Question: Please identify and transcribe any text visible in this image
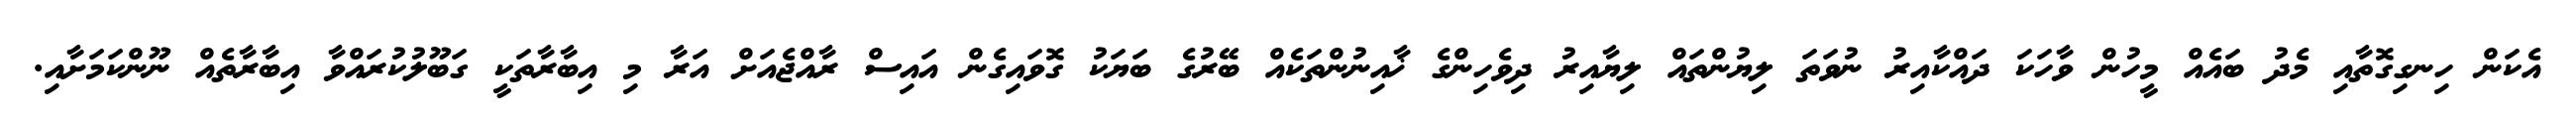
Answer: އެކަން ހިނގިގޮތާއި މެދު ބައެއް މީހުން ވާހަކަ ދައްކާއިރު ނުވަތަ ލިޔުންތައް ލިޔާއިރު ދިވެހިންގެ ޚާއިނުންތަކެއް ބޭރުގެ ބަޔަކު ގޮވައިގެން އައިސް ރާއްޖެއަށް އަރާ މި އިބާރާތަކީ ގަބޫލުކުރައްވާ އިބާރާތެއް ނޫންކަމަށާއި.